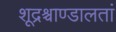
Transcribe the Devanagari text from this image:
शूद्रश्चाण्डालतां